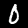
Digit: 0